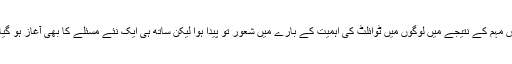
اس مہم کے نتیجے میں لوگوں میں ٹوائلٹ کی اہمیت کے بارے میں شعور تو پیدا ہوا لیکن ساتھ ہی ایک نئے مسئلے کا بھی آغاز ہو گیا ۔